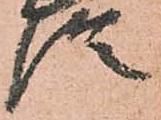
澄